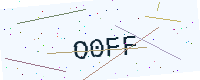
Text: O0FF